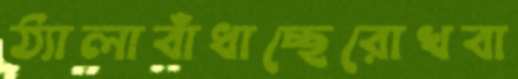
ঠ্যালাবাঁধাচ্ছেরোখবা